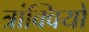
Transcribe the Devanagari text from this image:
त्रांक्वियो